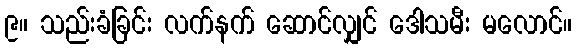
၉။ သည်းခံခြင်း လက်နက် ဆောင်လျှင် ဒေါသမီး မလောင်။